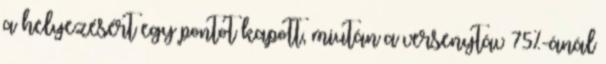
a helyezésért egy pontot kapott, miután a versenytáv 75%-ánál